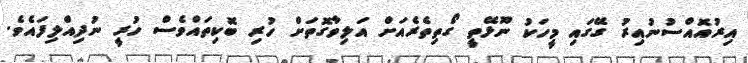
އިރުއޮއްސުނުއިރު ގޭގައި މީހަކު ނޫޅޭތީ ގޯތިތެރެއަށް އަލިވާގޮތަށް ހުރި ބޮކިތައްވެސް ހުރީ ނުދިއްލިފައެވެ.